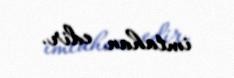
imtahan edir.